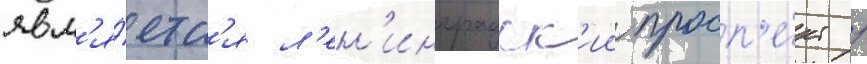
явл'я́етс'я л'ен'инградск'ии просп'е́кт /